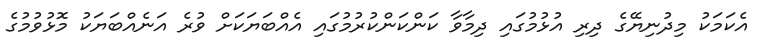
އެކަމަކު މިދުނިޔޭގެ ދިރި އުޅުމުގައި ދިމާވާ ކަންކަންކުރުމުގައި އެއްބަޔަކަށް ވުރެ އަނެއްބަޔަކު މޮޅުވުމުގެ